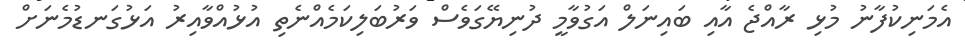
އެމަނިކުފާނު މުޅި ރާއްޖެ އާއި ބައިނަލް އަގުވާމީ ދުނިޔޭގަވެސް ވަރުބަލިކަމެއްނެތި އުޅުއްވާއިރު އަޅުގަނޑުމެނަށް